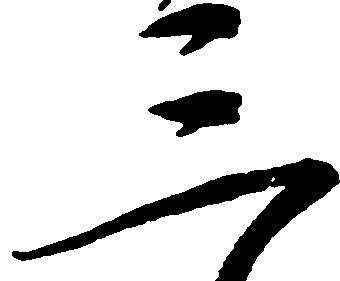
三